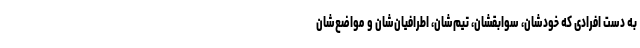
به دست افرادی که خودشان، سوابقشان، تیم‌شان، اطرافیان‌شان و مواضع‌شان